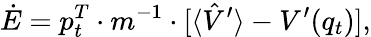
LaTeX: \dot{E}=p_{t}^{T}\cdot m^{-1}\cdot\lbrack\langle\hat{V}^{\prime}\rangle-V^{\prime}(q_{t})],